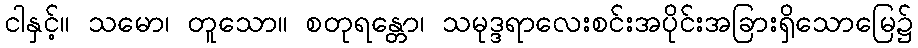
ငါနှင့်။ သမော၊ တူသော။ စတုရန္တော၊ သမုဒ္ဒရာလေးစင်းအပိုင်းအခြားရှိသောမြေ၌